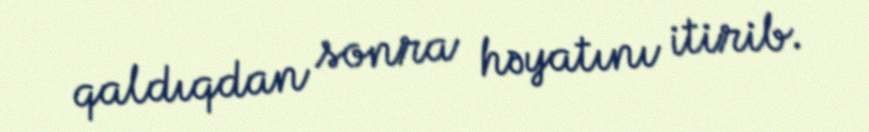
qaldıqdan sonra həyatını itirib.